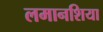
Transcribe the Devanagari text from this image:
लमानशिया